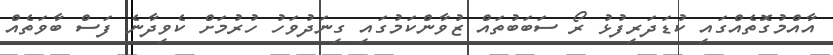
އާއްމުގޮތެއްގައި ކުޑަދަރިފުޅު ރޯ ސަބަބުތައް ޒުވާންކަމުގައި ގިނަދުވަހު ހުރުމަށް ކެވިދާނެ ފަސް ބާވަތެއް